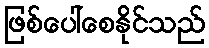
ဖြစ်ပေါ်စေနိုင်သည်